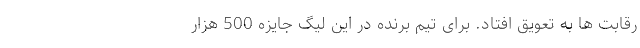
رقابت ها به تعویق افتاد. برای تیم برنده در این لیگ جایزه 500 هزار